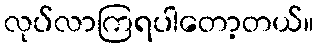
လုပ်လာကြရပါတော့တယ်။